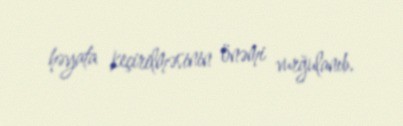
həyata keçirilməsinin önəmi vurğulanıb.